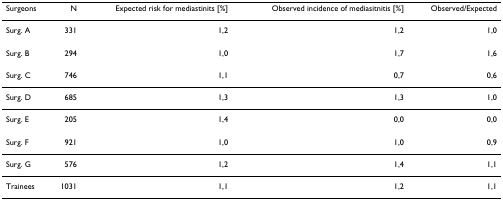
<table><thead><tr><td><b>Surgeons</b></td><td><b>N</b></td><td><b>Expected risk for mediastinits [%]</b></td><td><b>Observed incidence of mediasitnitis [%]</b></td><td><b>Observed/Expected</b></td></tr></thead><tbody><tr><td>Surg. A</td><td>331</td><td>1,2</td><td>1,2</td><td>1,0</td></tr><tr><td>Surg. B</td><td>294</td><td>1,0</td><td>1,7</td><td>1,6</td></tr><tr><td>Surg. C</td><td>746</td><td>1,1</td><td>0,7</td><td>0,6</td></tr><tr><td>Surg. D</td><td>685</td><td>1,3</td><td>1,3</td><td>1,0</td></tr><tr><td>Surg. E</td><td>205</td><td>1,4</td><td>0,0</td><td>0,0</td></tr><tr><td>Surg. F</td><td>921</td><td>1,0</td><td>1,0</td><td>0,9</td></tr><tr><td>Surg. G</td><td>576</td><td>1,2</td><td>1,4</td><td>1,1</td></tr><tr><td>Trainees</td><td>1031</td><td>1,1</td><td>1,2</td><td>1,1</td></tr></tbody></table>